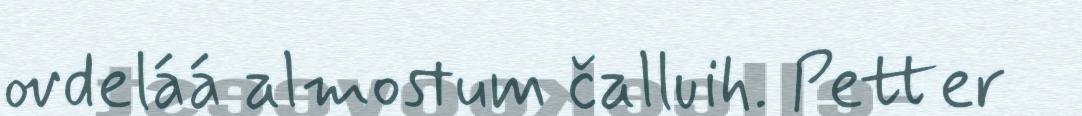
ovdeláá almostum čalluih. Petter